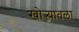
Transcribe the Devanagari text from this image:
खोर्‍यातला